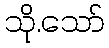
သို.သော်